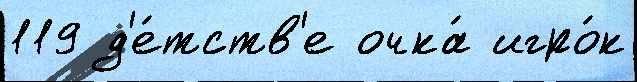
119 д'е́тств'е очка́ игро́к